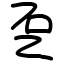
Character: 乭